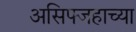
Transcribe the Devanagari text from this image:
असिफ्जहाच्या